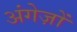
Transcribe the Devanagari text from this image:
अंगेज़ों